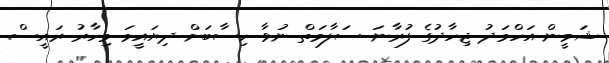
ޝަމީން އަހްމަދު ޖިހާދުގެ ފުރާނަ ސަލާމަތް ނުވާ ހިސާބަށް ދިޔައީމަ މިހާރު ރައީސް